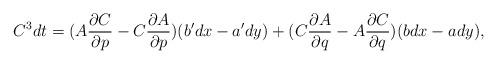
LaTeX: \begin{align*}C^3dt= (A\frac{\partial C}{\partial p}-C\frac{\partial A}{\partial p})(b'dx-a'dy) + (C\frac{\partial A}{\partial q}-A\frac{\partial C}{\partial q})(bdx-ady),\end{align*}